Calcutta medical institutions reports 1892-1900
Year: 1892
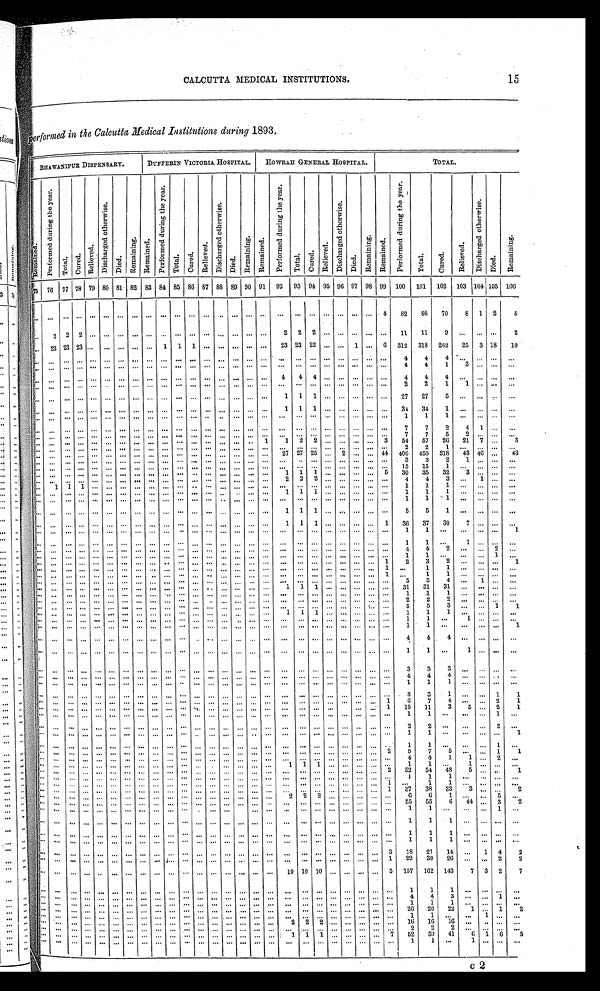
CALCUTTA MEDICAL INSTITUTIONS.
15
C 2
performed in the Calcutta Medical Institutions during 1893.
BHAWANIPUR DISPENSARY.
D U F F E R I N V I C T O R I A H O S P I T A L .
HOWRAH GENERAL HOSPITAL.
TOTAL.
R e m a i n e d .
P e r f o r m e d d u r i n g t h e y e a r .
T o t a l . Cured.
R e l i e v e d .
D i s c h a r g e d o t h e r w i s e .
D i e d .
R e m a i n i n g . R e m a i n e d .
P e r f o r m e d d u r i n g t h e y e a r .
T o t a l .
C u r e d .
R e l i e v e d .
D i s c h a r g e d o t h e r w i s e .
D i e d .
R e m a i n i n g . R e m a i n e d .
P e r f o r m e d d u r i n g t h e y e a r .
T o t a l .
C u r e d .
R e l i e v e d .
D i s c h a r g e d o t h e r w i s e .
D i e d .
R e m a i n i n g . R e m a i n e d .
P e r f o r m e d d u r i n g t h e y e a r .
T o t a l .
C u r e d .
R e l i e v e d .
D i s c h a r g e d o t h e r w i s e .
D i e d .
R e m a i n i n g .
7 5 76 77 78 79 80 81 82 83 84 85 86 87 88 89 90 91 92 93 94 95 96 97 98 99 100 101 102 103
1 0 4 105 1 0 6
4
82
86 70
8 1 2
5
2
2
2
2 2 2
11
11
9
2
23 23 23
1 1 1
23 23 22
1
6 312 318 262
25 3 18
10
4
4
4
4
4
1
3
4 4
4
4
4
4
2
2
1
1
1 1 1
2 7
2 7
5
1
1 1
3 4
3 4
1
1
1
1
7
7
2
4
1
7
7
5
2
1
1
2 2
3
5 4
5 7
2 6
2 1 7
3
2
2
1
2 7 2 7 2 5
2
4 4
4 0 6
4 5 0
3 1 8
4 3
4 6
4 3
3
3
2
1
15
15
1
1
1 1
5 30
35
32
3
2
2 2
4
4
3
1
1 1
1
1
1
1
1
1 1
1
1
1
1
1
1
1
1 1
5
5
1
1 1
1
1
36 37
30
7
1
1
1
1
1
1
4
4
2
2
1
1
1
1
2
3
2
1
1
1
1
1
1
1
5
5
4
1
1
1 1
31
31
31
1
1
1
2
2
2
5
5
3
1
1
1
1 1
1
1
1
1
1
1
1
1
1
4
4
4
1
1
1
3
3
3
4
4
4
1
1
1
3
3
1
1
1
1
6
7
4
2
1
1 10
11
3 5
2
1
1
1
1
2
2
2
1
1
1
1
1
1
2
5
7
5
1
1
4
4
1 1
2
1
1 1
1
1
1
2 52
54
4 8 5
1
1
1
1
1
1
1
1 37
38
33 3
2
2
2 2
6
6
1
5
55
55
6 44
3
2
1
1
1
1
1
1
1
1
1
1
1
1
3
18
21
1 4
1 4
2
1
29
30
26
2
2
10 10 10
5 157 162 143
7 3 2
7
1
1
1
4
4
3
1
1
1
1
26
26
2 2
1
1
2
1
1
1
2
2 2
16 16
1 6
2
2
2
1
1 1
7 52
5 9
4 1
6 1 6
5
1
1
1